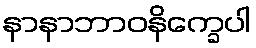
နာနာဘာဝနိက္ခေပါ